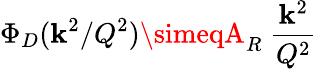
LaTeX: \Phi_{D}(\mathbf{k}^{2}/Q^{2})\simeqA_{R}\ {\frac{{\mathbf{k}^{2}}}{{Q^{2}}}}